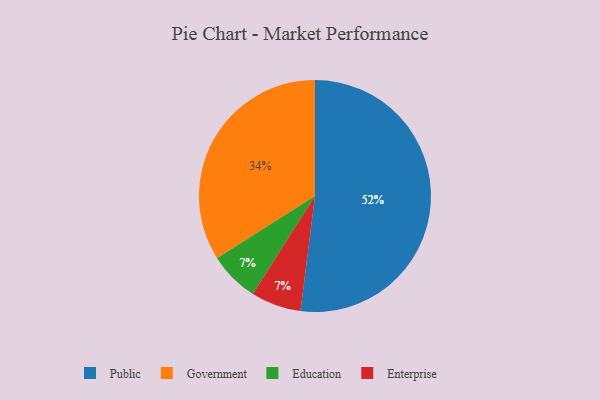
{"axis": {"x": "Category", "y": "Percentage"}, "legend": ["Education", "Enterprise", "Government", "Public"], "data": [{"x": "Public", "y": 52, "type": "Public"}, {"x": "Education", "y": 7, "type": "Education"}, {"x": "Government", "y": 34, "type": "Government"}, {"x": "Enterprise", "y": 7, "type": "Enterprise"}]}